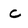
Character: c